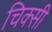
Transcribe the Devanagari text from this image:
चिक्सी